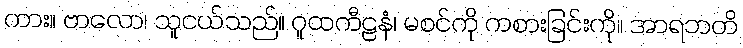
ကား။ ဗာလော၊ သူငယ်သည်။ ဂူထကီဠနံ၊ မစင်ကို ကစားခြင်းကို။ အာရဘတိ